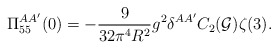
\begin{align*}\Pi_{55}^{AA'}(0)=-\frac{9}{32\pi^4R^2}g^2\delta^{AA'}C_2({\cal G})\zeta(3).\end{align*}